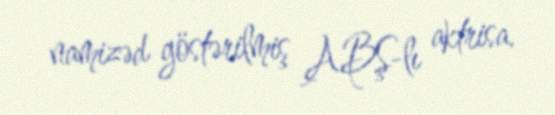
namizəd göstərilmiş ABŞ-lı aktrisa.